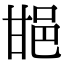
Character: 𨚠